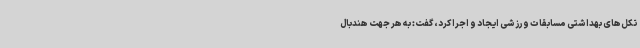
تکل‌های بهداشتی مسابقات ورزشی ایجاد و اجرا کرد، گفت: به هر جهت هندبال